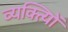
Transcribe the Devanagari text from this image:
व्यक्त्याेिं